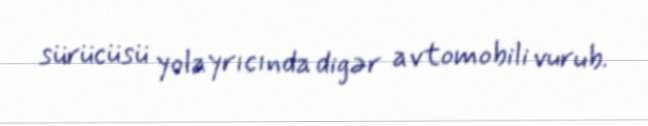
sürücüsü yolayrıcında digər avtomobili vurub.